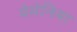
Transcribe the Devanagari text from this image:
येमेनिया